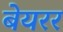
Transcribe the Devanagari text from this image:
बेयरर